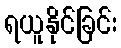
ရယူနိုင်ခြင်း